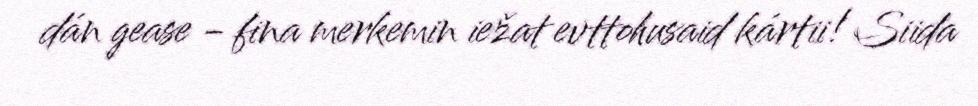
dán gease - fina merkemin iežat evttohusaid kártii! Siida